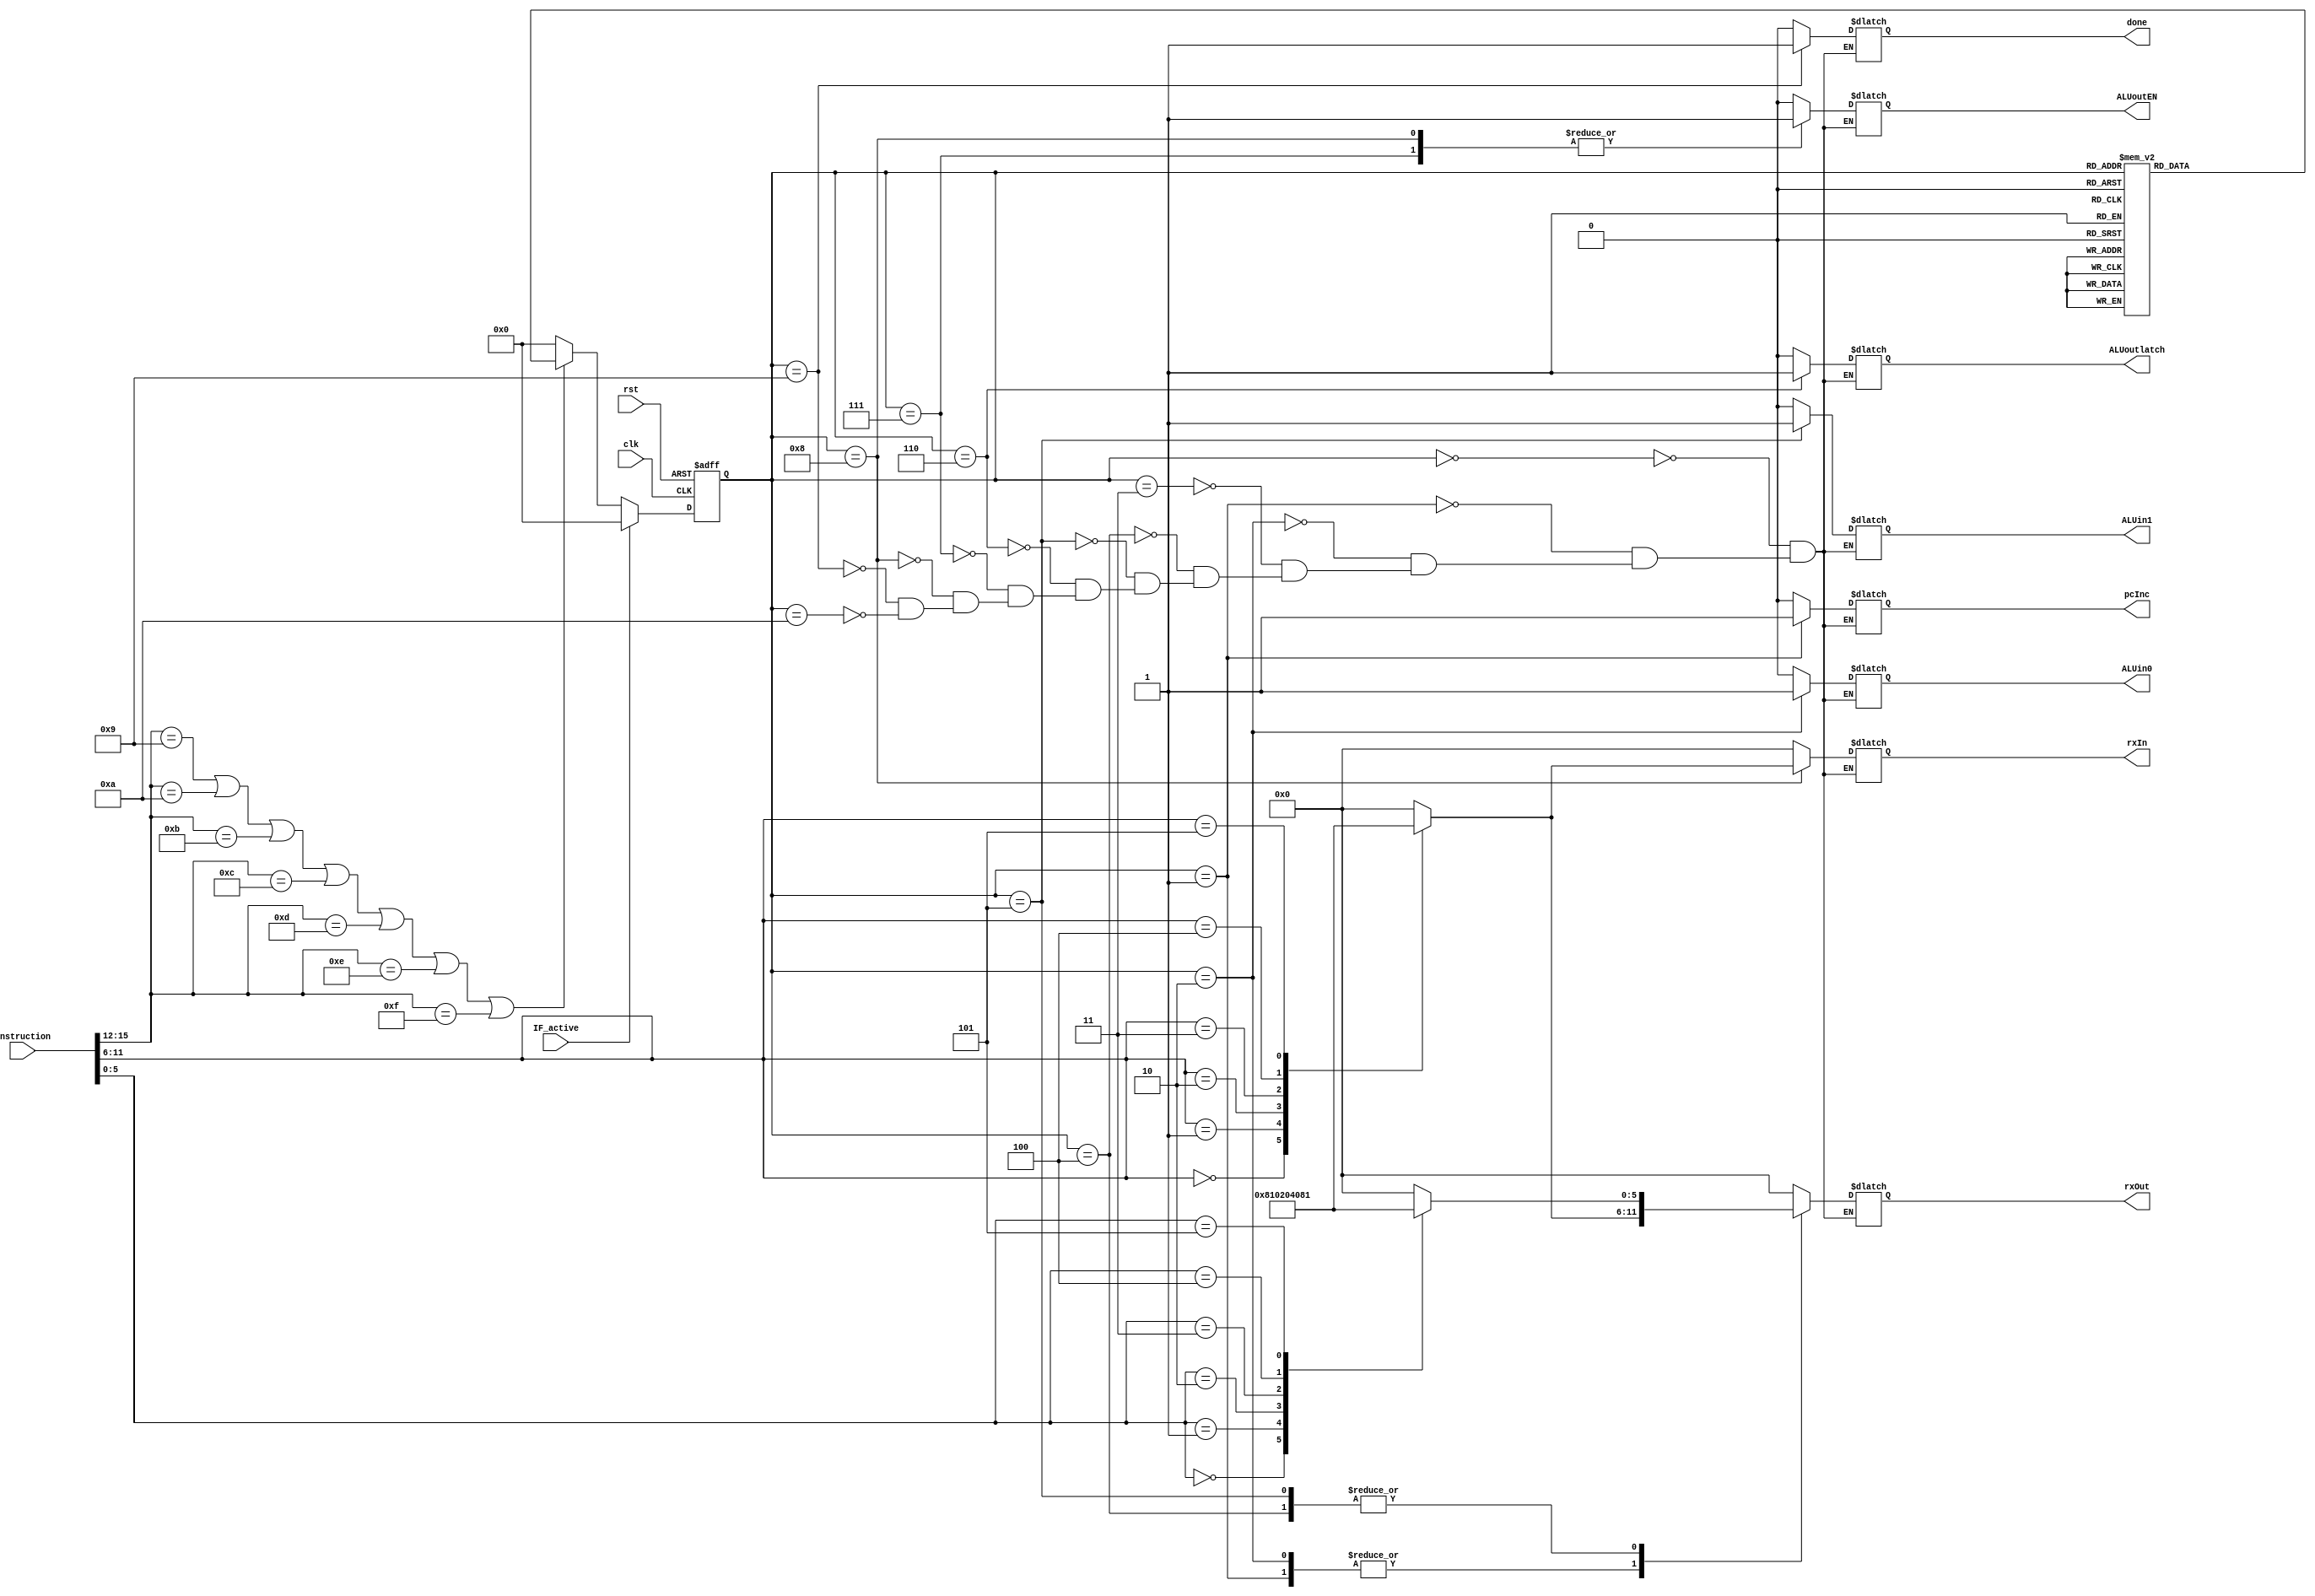
module ALUFSM(clk, rst, instruction, done, rxOut, ALUin0, ALUin1, ALUoutlatch, ALUoutEN, rxIn, pcInc, IF_active);
input clk, rst, IF_active;
input[15:0] instruction; // 16-bit data
wire[3:0] opcode = instruction[15:12];
wire[5:0] param1 = instruction[11:6];
wire[5:0] param2 = instruction[5:0];

output reg done, ALUin0, ALUin1, ALUoutlatch, ALUoutEN, pcInc; // Output signals
output reg[5:0] rxOut, rxIn; // Gen reg output signals

// States
reg[3:0] pres_state, next_state;
parameter st0 = 4'b0000, st1 = 4'b0001, st2 = 4'b0010, st3 = 4'b0011, st4 = 4'b0100, st5 = 4'b0101, st6 = 4'b0110, st7 = 4'b0111;
parameter st8 = 4'b1000, st9 = 4'b1001, st10 = 4'b1010;

// State register
always @(posedge clk or posedge rst) begin
    if(rst)
        pres_state <= st0;
    else if(IF_active)
        pres_state <= st0;
    else if(opcode == 4'b1001 || opcode == 4'b1010 || opcode == 4'b1011 || opcode == 4'b1100 || opcode == 4'b1101 || opcode == 4'b1110 || opcode == 4'b1111)
        pres_state <= next_state;
    else
        pres_state <= st0;
end

// Next state logic
always @(pres_state) begin
    case(pres_state)
        st0: next_state <= st1;
        st1: next_state <= st2;
        st2: next_state <= st3;
        st3: next_state <= st4;
        st4: next_state <= st5;
        st5: next_state <= st6;
        st6: next_state <= st7;
        st7: next_state <= st8;
        st8: next_state <= st9;
        st9: next_state <= st10;
        st10: next_state <= st10;
        default: next_state <= st0;
    endcase
end

// Output definition
always @(pres_state) begin
    case(pres_state)
        st0: begin
            done <= 0;rxOut <= 6'b000000;ALUin0 <= 0;ALUin1 <= 0;ALUoutlatch <= 0;ALUoutEN <= 0;rxIn <= 6'b000000;pcInc <= 0;
        end
        st1: begin
            done <= 0;ALUin0 <= 0;ALUin1 <= 0;ALUoutlatch <= 0;ALUoutEN <= 0;rxIn <= 6'b000000;pcInc <= 1;
            case(param1) // Figure out which gen reg EN to assert
                6'b000000: rxOut <= 6'b100000;
                6'b000001: rxOut <= 6'b010000;
                6'b000010: rxOut <= 6'b001000;
                6'b000011: rxOut <= 6'b000100;
                6'b000100: rxOut <= 6'b000010;
                6'b000101: rxOut <= 6'b000001;
                default: rxOut <= 6'b000000;
            endcase
        end
        st2: begin
            done <= 0;ALUin0 <= 1;ALUin1 <= 0;ALUoutlatch <= 0;ALUoutEN <= 0;rxIn <= 6'b000000;pcInc <= 0;
            case(param1) // Figure out which gen reg EN to assert
                6'b000000: rxOut <= 6'b100000;
                6'b000001: rxOut <= 6'b010000;
                6'b000010: rxOut <= 6'b001000;
                6'b000011: rxOut <= 6'b000100;
                6'b000100: rxOut <= 6'b000010;
                6'b000101: rxOut <= 6'b000001;
                default: rxOut <= 6'b000000;
            endcase
        end
        st3: begin
            done <= 0;rxOut <= 6'b000000;ALUin0 <= 0;ALUin1 <= 0;ALUoutlatch <= 0;ALUoutEN <= 0;rxIn <= 6'b000000;pcInc <= 0;
        end
        st4: begin
            done <= 0;ALUin0 <= 0;ALUin1 <= 0;ALUoutlatch <= 0;ALUoutEN <= 0;rxIn <= 6'b000000;pcInc <= 0;
            case(param2) // Figure out which gen reg EN to assert
                6'b000000: rxOut <= 6'b100000;
                6'b000001: rxOut <= 6'b010000;
                6'b000010: rxOut <= 6'b001000;
                6'b000011: rxOut <= 6'b000100;
                6'b000100: rxOut <= 6'b000010;
                6'b000101: rxOut <= 6'b000001;
                default: rxOut <= 6'b000000;
            endcase
        end
        st5: begin
            done <= 0;ALUin0 <= 0;ALUin1 <= 1;ALUoutlatch <= 0;ALUoutEN <= 0;rxIn <= 6'b000000;pcInc <= 0;
            case(param2) // Figure out which gen reg EN to assert
                6'b000000: rxOut <= 6'b100000;
                6'b000001: rxOut <= 6'b010000;
                6'b000010: rxOut <= 6'b001000;
                6'b000011: rxOut <= 6'b000100;
                6'b000100: rxOut <= 6'b000010;
                6'b000101: rxOut <= 6'b000001;
                default: rxOut <= 6'b000000;
            endcase
        end
        st6: begin
            done <= 0;rxOut <= 6'b000000;ALUin0 <= 0;ALUin1 <= 0;ALUoutlatch <= 1;ALUoutEN <= 0;rxIn <= 6'b000000;pcInc <= 0;
        end
        st7: begin
            done <= 0;rxOut <= 6'b000000;ALUin0 <= 0;ALUin1 <= 0;ALUoutlatch <= 0;ALUoutEN <= 1;rxIn <= 6'b000000;pcInc <= 0;
        end
        st8: begin
            done <= 0;rxOut <= 6'b000000;ALUin0 <= 0;ALUin1 <= 0;ALUoutlatch <= 0;ALUoutEN <= 1;pcInc <= 0;
            case(param1) // Figure out which gen reg EN to assert
                6'b000000: rxIn <= 6'b100000;
                6'b000001: rxIn <= 6'b010000;
                6'b000010: rxIn <= 6'b001000;
                6'b000011: rxIn <= 6'b000100;
                6'b000100: rxIn <= 6'b000010;
                6'b000101: rxIn <= 6'b000001;
                default: rxIn <= 6'b000000;
            endcase
        end
        st9: begin
            done <= 1;rxOut <= 6'b000000;ALUin0 <= 0;ALUin1 <= 0;ALUoutlatch <= 0;ALUoutEN <= 0;rxIn <= 6'b000000;pcInc <= 0;
        end
        st10: begin
            done <= 0;rxOut <= 6'b000000;ALUin0 <= 0;ALUin1 <= 0;ALUoutlatch <= 0;ALUoutEN <= 0;rxIn <= 6'b000000;pcInc <= 0;
        end
    endcase
end

endmodule